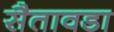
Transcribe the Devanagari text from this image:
सैतावडा